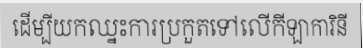
ដើម្បីយកឈ្នះការប្រកួតទៅលើកីឡាការិនី